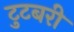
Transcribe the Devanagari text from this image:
टुटबरी